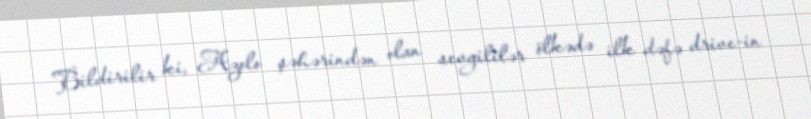
Bildirilir ki, Azolo şəhərindən olan sevgililər ölkədə ilk dəfə drive-in